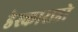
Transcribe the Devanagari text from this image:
डेस्काराडो